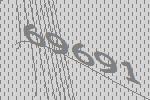
69691